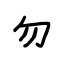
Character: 勿